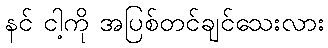
နင် ငါ့ကို အပြစ်တင်ချင်သေးလား